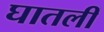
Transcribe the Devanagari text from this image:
घातलीं